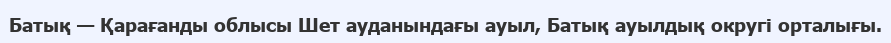
Батық — Қарағанды облысы Шет ауданындағы ауыл, Батық ауылдық округі орталығы.